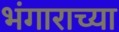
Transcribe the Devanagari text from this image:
भंगाराच्या